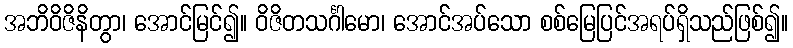
အဘိဝိဇိနိတွာ၊ အောင်မြင်၍။ ဝိဇိတသင်္ဂါမော၊ အောင်အပ်သော စစ်မြေပြင်အရပ်ရှိသည်ဖြစ်၍။